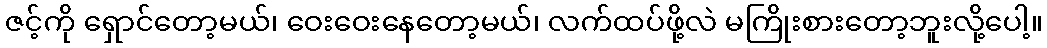
ဇင့်ကို ရှောင်တော့မယ်၊ ဝေးဝေးနေတော့မယ်၊ လက်ထပ်ဖို့လဲ မကြိုးစားတော့ဘူးလို့ပေါ့။